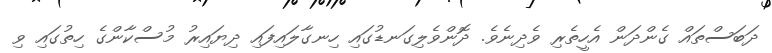
ދަބަސްތައް ގެންދަން އެހީތެރި ވެދިނެވެ. ދޮންވެލިގަނޑުގައި ހިނގާލައިފައި ދިޔައިރު މުސްކާންގެ ހިތުގައި ވި